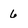
Character: 6